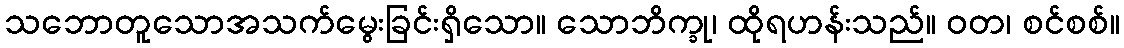
သဘောတူသောအသက်မွေးခြင်းရှိသော။ သောဘိက္ခု၊ ထိုရဟန်းသည်။ ဝတ၊ စင်စစ်။